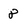
Character: 8